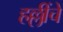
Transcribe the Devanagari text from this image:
हल्लींचे